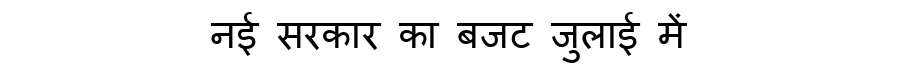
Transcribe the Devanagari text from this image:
नई सरकार का बजट जुलाई में